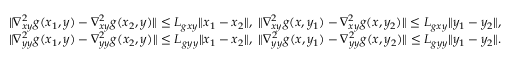
\begin{array} { r l } & { \| \nabla _ { x y } ^ { 2 } g ( x _ { 1 } , y ) - \nabla _ { x y } ^ { 2 } g ( x _ { 2 } , y ) \| \leq L _ { g x y } \| x _ { 1 } - x _ { 2 } \| , \ \| \nabla _ { x y } ^ { 2 } g ( x , y _ { 1 } ) - \nabla _ { x y } ^ { 2 } g ( x , y _ { 2 } ) \| \leq L _ { g x y } \| y _ { 1 } - y _ { 2 } \| , } \\ & { \| \nabla _ { y y } ^ { 2 } g ( x _ { 1 } , y ) - \nabla _ { y y } ^ { 2 } g ( x _ { 2 } , y ) \| \leq L _ { g y y } \| x _ { 1 } - x _ { 2 } \| , \ \| \nabla _ { y y } ^ { 2 } g ( x , y _ { 1 } ) - \nabla _ { y y } ^ { 2 } g ( x , y _ { 2 } ) \| \leq L _ { g y y } \| y _ { 1 } - y _ { 2 } \| . } \end{array}